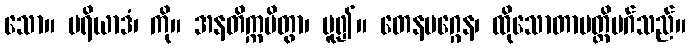
သော။ မရိယာဒံ၊ ကို။ အနတိက္ကမိတွာ၊ မူ၍။ တေနမဂ္ဂေန၊ ထိုသောတာပတ္တိမဂ်သည်။